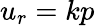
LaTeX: u_{r}=kp